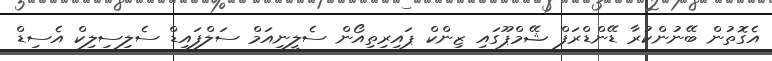
އެގޮތުން ބޭނުންކުރާ ޑޭންޑްރަފް ޝޭމްޕޫގައި ޒިންކް ޕައިރިތިއޯން ސެލީނިއަމް ސަލްފައިޑް ސެލިސިލިކް އެސިޑް